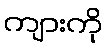
ကျားကို